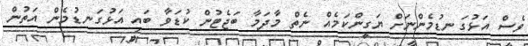
ވެސް އަޅުގަނޑުމެންނަށް ޔަގީންކަމެއް ނެތް މާދަމާ ބަޖެޓުން ކުޑަވާ ބައި އަޅުގަނޑުމެން އަތުން